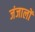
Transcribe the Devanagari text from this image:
जंजालों